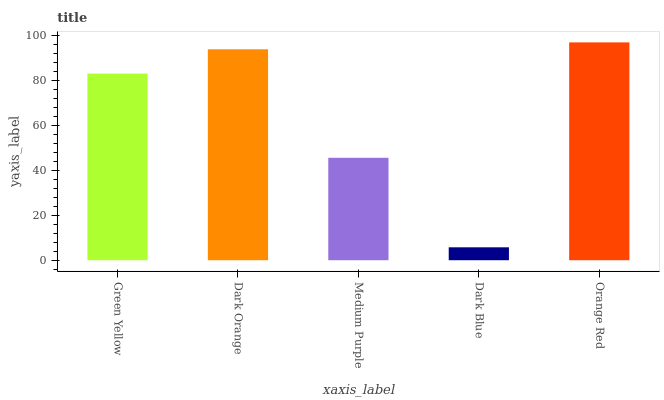
| xaxis_label | bars |
 | --- | --- |
 | Green Yellow | 83.1 |
 | Dark Orange | 93.9 |
 | Medium Purple | 45.6 |
 | Dark Blue | 5.75 |
 | Orange Red | 96.9 |